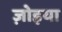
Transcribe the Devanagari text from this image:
ज़ोइया